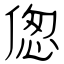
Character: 偬